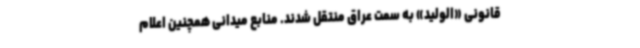
قانونی «الولید» به سمت عراق منتقل شدند. منابع میدانی همچنین اعلام